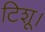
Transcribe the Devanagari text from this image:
टिशू।